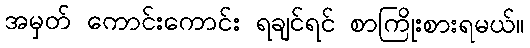
အမှတ် ကောင်းကောင်း ရချင်ရင် စာကြိုးစားရမယ်။